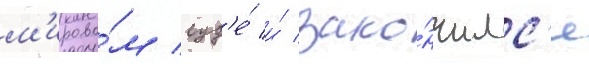
м'ирово́м суд'е́ и́ зако́нчилс'я